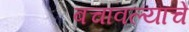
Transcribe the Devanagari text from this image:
बचावल्याचे